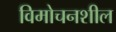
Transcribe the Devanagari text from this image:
विमोचनशील